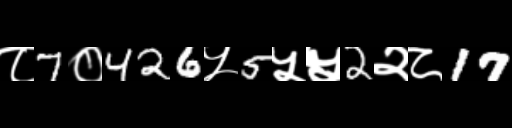
Text: ८7०426५5५५2२८17